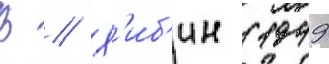
В // Х'иб'ин (1949